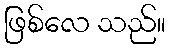
ဖြစ်လေ သည်။